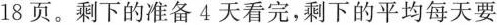
18页。剩下的准备4天看完，剩下的平均每天要